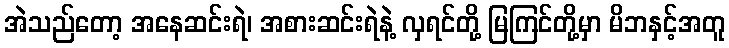
အဲသည်တော့ အနေဆင်းရဲ၊ အစားဆင်းရဲနဲ့ လှရင်တို့ မြကြင်တို့မှာ မိဘနှင့်အတူ